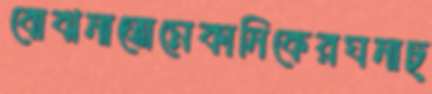
বোঝনাতোমেকানিকেরঘনাচ্